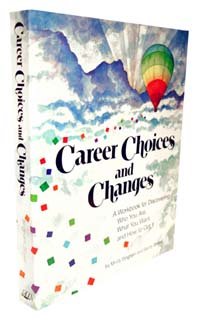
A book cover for Career choices and changes: A guide for discovering who you are, what you want, and how to get it; Mindy Bingham; Business & Money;